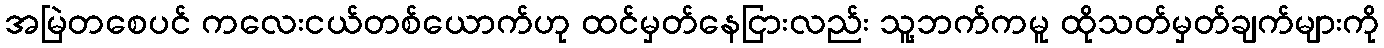
အမြဲတစေပင် ကလေးငယ်တစ်ယောက်ဟု ထင်မှတ်နေငြားလည်း သူ့ဘက်ကမူ ထိုသတ်မှတ်ချက်များကို